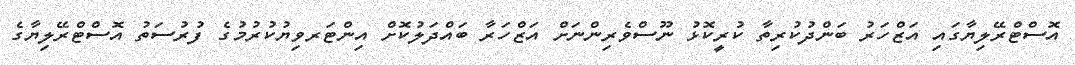
އޮސްޓްރޭލިޔާގައި އަޒްހަރު ބަންދުކުރިތާ ކުރީކޮޅު ނޫސްވެރިންނަށް އަޒްހަރާ ބައްދަލުކޮށް އިންޓަރވިޔުކުރުމުގެ ފުރުސަތު އޮސްޓްރޭލިޔާގެ